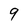
Character: 9